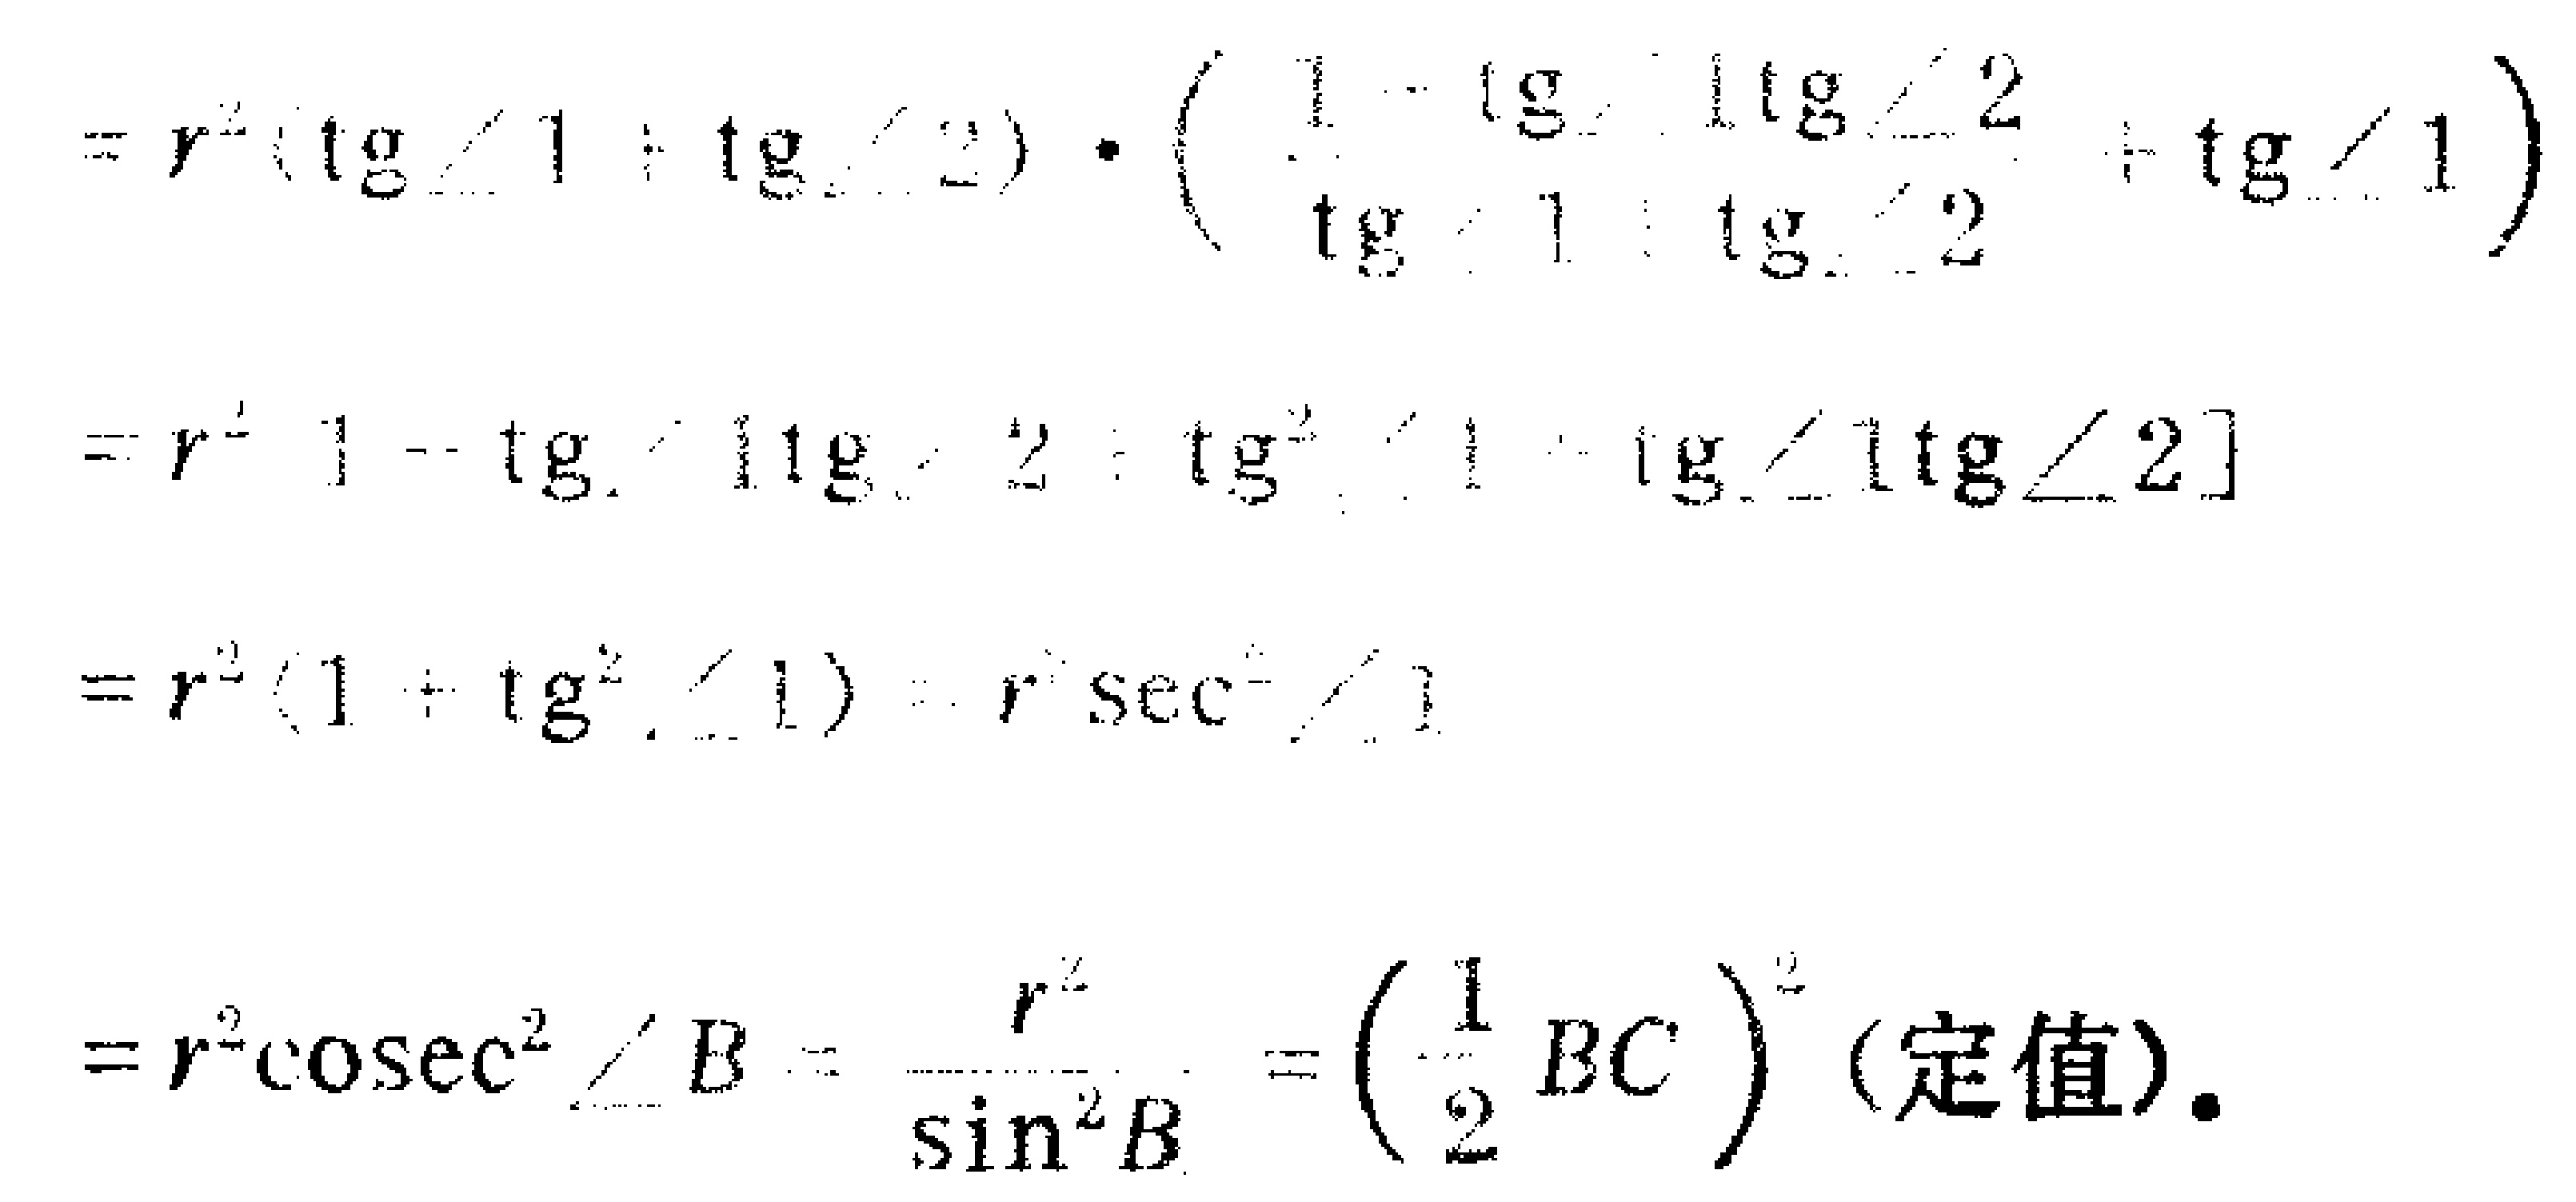
\[

\begin{align*}

&=r^{2}(\tg\angle1 + \tg\angle2)\cdot\left(\frac{1-\tg\angle1\tg\angle2}{\tg\angle1+\tg\angle2}+\tg\angle1\right)\\

&=r^{2}[1 - \tg\angle1\tg\angle2+\tg^{2}\angle1+\tg\angle1\tg\angle2]\\

&=r^{2}(1 + \tg^{2}\angle1)=r^{2}\sec^{2}\angle1\\

&=r^{2}\csc^{2}\angle B=\frac{r^{2}}{\sin^{2}B}=\left(\frac{1}{2}BC\right)^{2}(\text{定值})

\end{align*}

\]